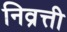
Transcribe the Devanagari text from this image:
निव्रत्ती